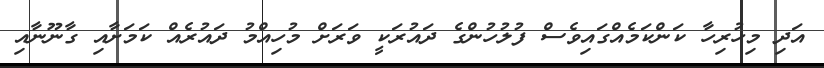
އަދި މިހުރިހާ ކަންކަމެއްގައިވެސް ފުލުހުންގެ ދައުރަކީ ވަރަށް މުހިއްމު ދައުރެއް ކަމަށާއި ގާނޫނާއި